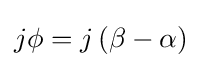
j\phi =j\left(\beta -\alpha \right)